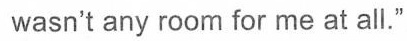
wasn't any room for me at all."